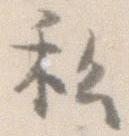
私